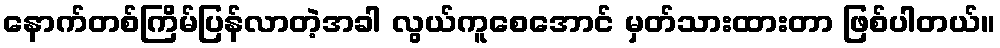
နောက်တစ်ကြိမ်ပြန်လာတဲ့အခါ လွယ်ကူစေအောင် မှတ်သားထားတာ ဖြစ်ပါတယ်။